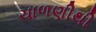
ચાળણીથી